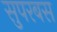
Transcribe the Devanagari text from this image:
सुपरबस